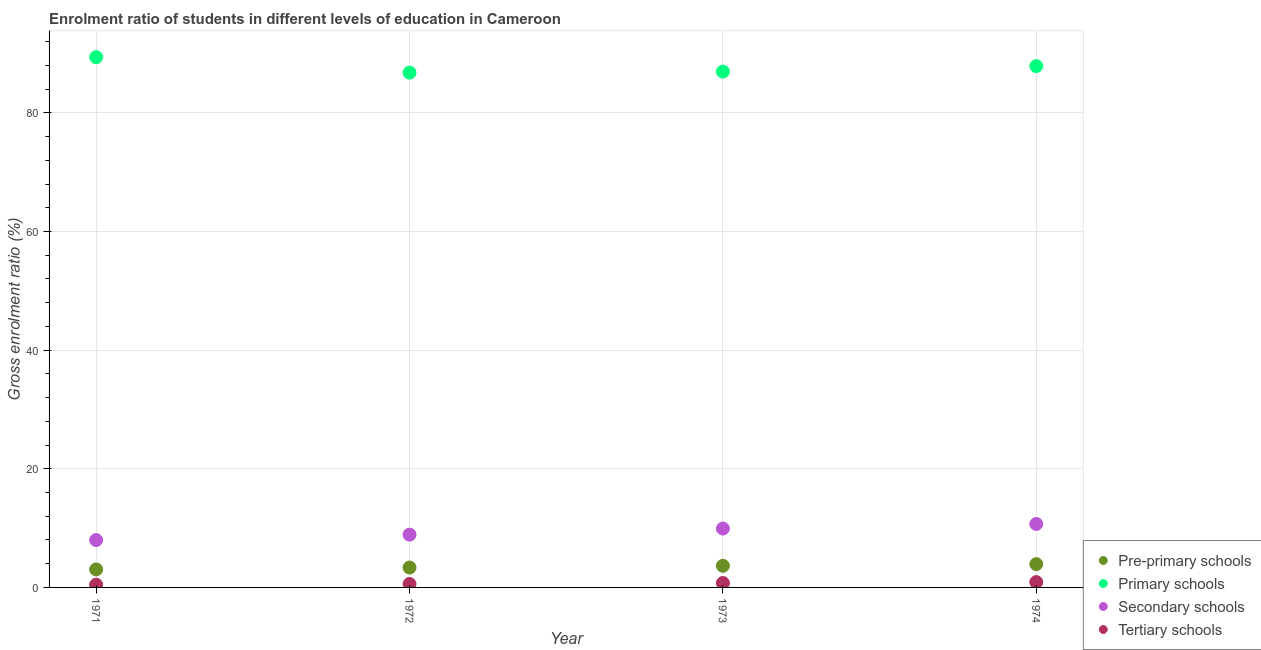
| Year | Pre-primary schools | Primary schools | Secondary schools | Tertiary schools |
 | --- | --- | --- | --- | --- |
 | 1971 | 3.04 | 89.4 | 7.98 | 0.465 |
 | 1972 | 3.35 | 86.8 | 8.9 | 0.583 |
 | 1973 | 3.65 | 87 | 9.92 | 0.744 |
 | 1974 | 3.93 | 87.9 | 10.7 | 0.899 |